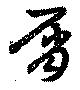
屑